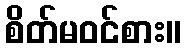
စိတ်မဝင်စား။